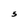
Character: S